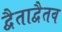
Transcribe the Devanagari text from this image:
द्वैताद्वैतव